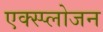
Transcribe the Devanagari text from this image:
एक्स्प्लोजन